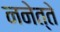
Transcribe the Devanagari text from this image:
ननेत्ते